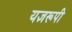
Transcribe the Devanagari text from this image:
यज्ञरूपी